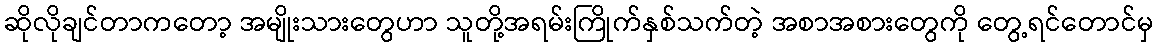
ဆိုလိုချင်တာကတော့ အမျိုးသားတွေဟာ သူတို့အရမ်းကြိုက်နှစ်သက်တဲ့ အစာအစားတွေကို တွေ့ရင်တောင်မှ